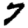
Digit: 7